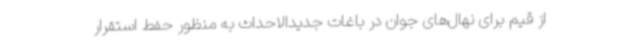
از قیم برای نهال‌های جوان در باغات جدیدالاحداث به منظور حفط استقرار